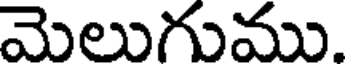
మెలుగుము.